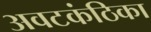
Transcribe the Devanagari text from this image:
अवटकंठिका